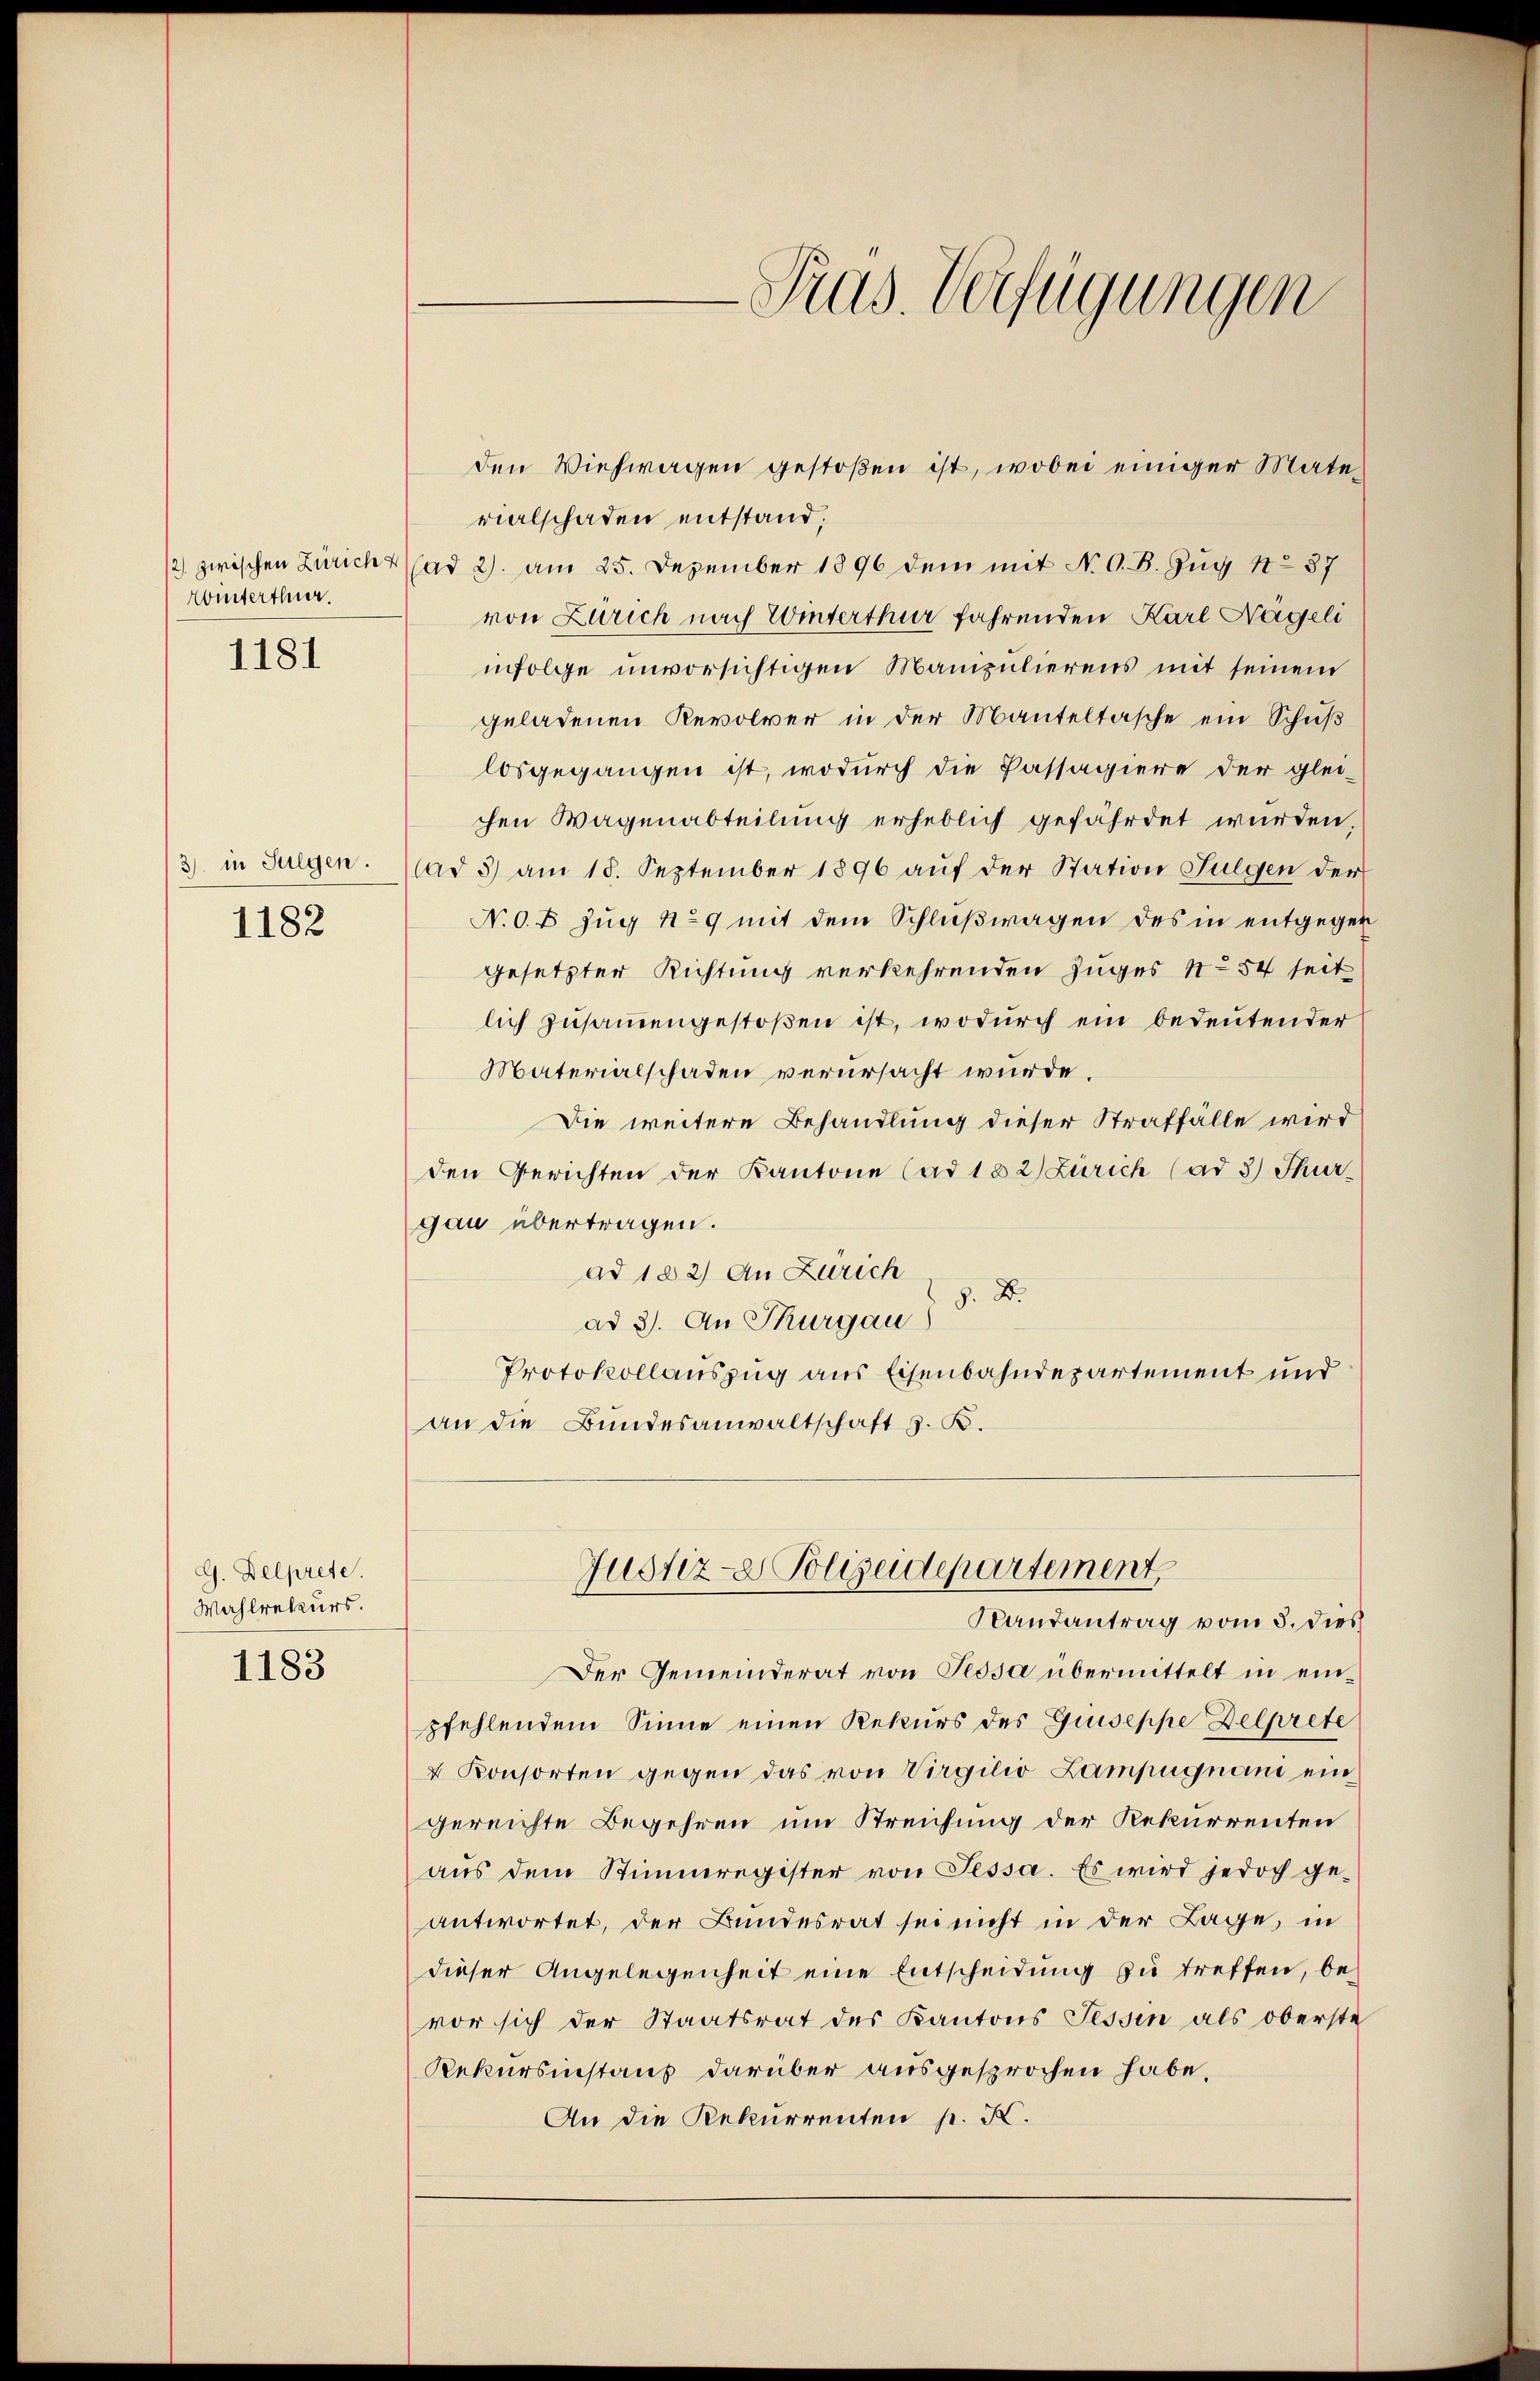
Winterthur.
1181

1182

G. Delprete.
Wahlrekurs.

1183

Pras. Verfügungen

rialschaden entstand;
/2 zwischen Züricht (ad 2. am 25. Dezember 1896 dem mit N. O. B. Zug 11. 57
von Zürich nach Winterthur fahrenden Karl Nägeli
infolge unvorsichtigen Manipulierens mit seinem
geladenen Revolver in der Manteltasche ein Schuß
losgegangen ist, wodurch die Passagiere der glei-
chen Wagenabteilung erheblich gefährdet wurden,
3. in Fugen. ad 3) am 18. September 1896 auf der Station Fulgen der
N. O. B. Zug No 9 mit dem Schlußwagen des in entgegen
gesetzter Richtung verkehrenden Zuges 154 seit
lich zusammengestoßen ist, wodurch ein bedeutender
Materialschaden verursacht wurde.
Die weitere Behandlung dieser Straffälle wird
den Gerichten der Kantone (ad 132) Zürich (ad 3) Thur-
gau übertragen.
ad 182) An Zürich
§. 2.
ad 3. An Thurgau)
Protokollauszug aus Eisenbahndepartement und
an die Bŭndesanwaltschaft z. B.
Justiz- Polizeidepartement
Randantrag vom 5. dies
Der Gemeinderat von Pessa übermittelt in einpfehlendem Sinne einen Rekurs des Giuseppe Delprete
4 Konsorten gegen das von Virgilio Lampugnani ein
gereichte Begehren um Streichung der Rekurrenten
aŭs dem Stimmregister von Tessa. Es wird jedoch ge-
antwortet, der Bundesrat sei nicht in der Lage, in
dieser Angelegenheit eine Entscheidung zu treffen, bevor sich der Staatsrat des Kantons Tessin als oberste
Rekursinstaus darüber ausgesprochen habe.
An die Rekurrenten p. X.

den Viehwagen gestoßen ist, wobei einiger Mate¬